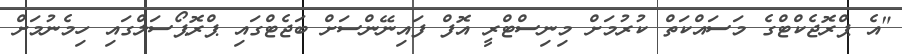
"އެ ޕްރޮޖެކްޓްގެ މަސައްކަތް ކުރުމަށް މިނިސްޓްރީ އޮފް ފައިނޭންސަށް ބަޖެޓްގައި ޕްރޮޕޯސަލްގައި ހިމެނުމަށް